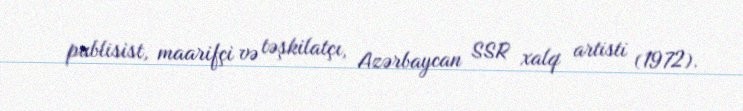
publisist, maarifçi və təşkilatçı, Azərbaycan SSR xalq artisti (1972).